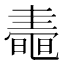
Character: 𪓤